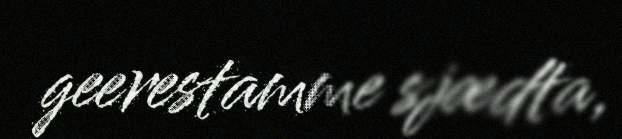
geerestamme sjædta,